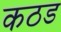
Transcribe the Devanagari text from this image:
कठड